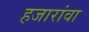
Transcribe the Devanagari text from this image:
हजारांवा